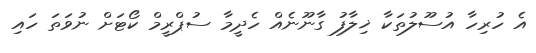
އެ ހުރިހާ އުސޫލުތަކާ ޚިލާފު ގާނޫނެއް ހެދީމާ ސުޕްރީމް ކޯޓަށް ނުވަތަ ހައި